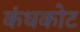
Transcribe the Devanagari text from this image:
कंधकोट